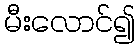
မီးလောင်၍